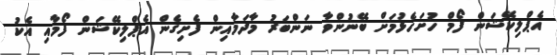
އެޕްލިކޭޝަން ފޯމް ހުށަހެޅުމަށް ބޭނުންވާ ނަންބަރު މާދަމާއިން ފެށިގެން އެޕްލިކޭޝަން ފޯމާއި އެކު